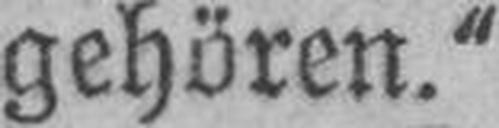
gehören.“